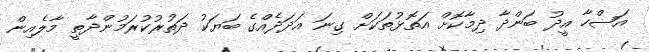
އަޟްހާ އީދު ބަންދާ ދިމާކޮށް އަތޮޅުތަކަށް ގިނަ އަދަދެއްގެ ބަޔަކު ދަތުރުކުރަމުންދާތީ މާލެއިން